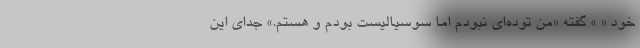
خود « » گفته «من توده‌ای نبودم اما سوسیالیست بودم و هستم.» جدای این